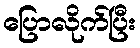
ပြောလိုက်ပြီး